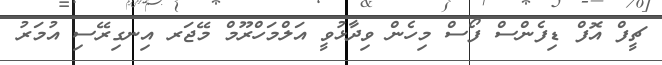
ޗީފް އޮފް ޑިފެންސް ފޯސް މިހެން ވިދާޅުވީ އަލްމަހްރޫމް މޭޖަރ އިނގިރޭސި އުމަރު